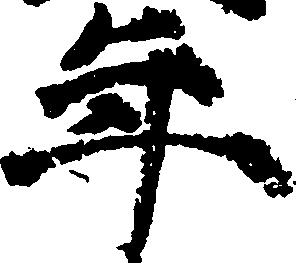
年